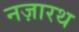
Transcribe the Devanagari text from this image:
नज़ारथ